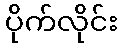
ပိုက်လိုင်း